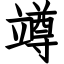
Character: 竴